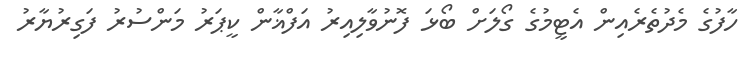
ހާފުގެ މެދުތެރެއިން އެޓީމުގެ ގޯލަށް ބޯޅަ ފޮނުވާލިއިރު އަފްޣާން ކީޕަރު މަންސުރު ފަގިރުޔާރު